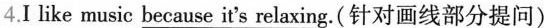
4.Ⅰ like music \underline{because it's relaxing}.(针对画线部分提问)